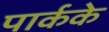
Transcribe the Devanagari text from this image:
पार्कके